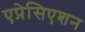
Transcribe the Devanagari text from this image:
एप्रेसिएशन